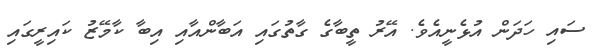
ސައި ހަދަން އުޅެނީއެވެ. އޭރު ތީބާގެ ގާތުގައި އަބާންއާއި އިބާ ކާމޭޒު ކައިރީގައި